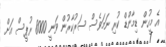
އެ މީހުން ޑިމާންޑް ކުރި ނަމަވެސް ސަރުކާރުން ވަނީ 8000 ރުޕީސް އަށް